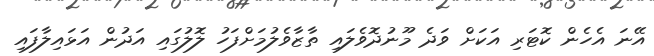
އޭނަ އެހެން ކޮޓަރި އަކަށް ވަދެ މޫނުދޮވެލައި ތާޒާވެލުމަށްފަހު ލޮލުގައި އަދުން އަޅައިލާފައި